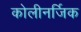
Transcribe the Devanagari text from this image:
कोलीनर्जिक